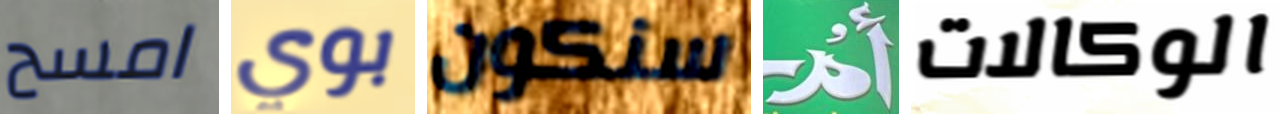
امسح بوي سنكون أم الوكالات